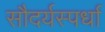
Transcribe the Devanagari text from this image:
सौदर्यस्पर्धा